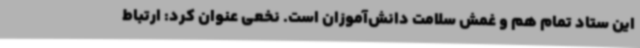
این ستاد تمام هم و غمش سلامت دانش‌آموزان است. نخعی عنوان کرد: ارتباط